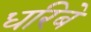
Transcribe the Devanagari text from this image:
धरिबे